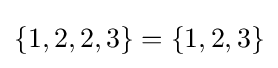
\{1,2,2,3\}=\{1,2,3\}